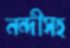
নন্দীসহ